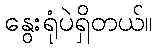
နွေးရုံပဲရှိတယ်။